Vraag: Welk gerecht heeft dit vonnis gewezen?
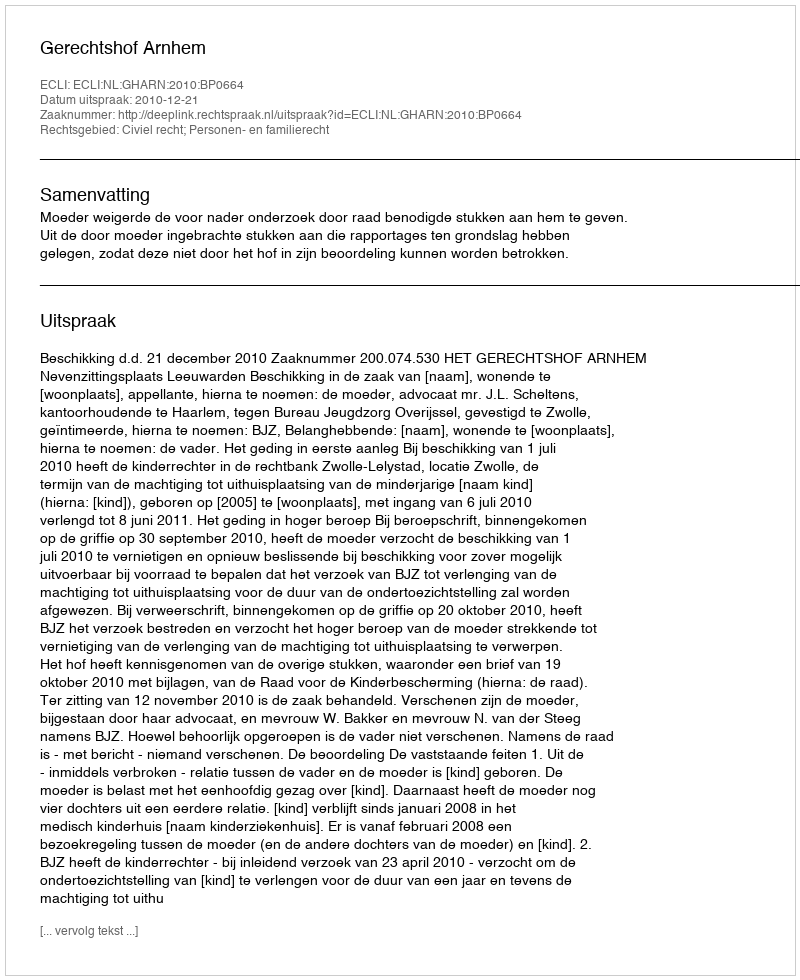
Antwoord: Gerechtshof Arnhem